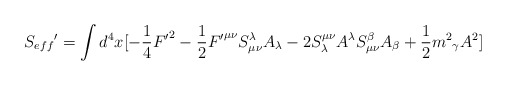
\begin{align*}{S_{eff}}'=\int{d^{4}x[-\frac{1}{4}{F'}^{2}-\frac{1}{2}{F'}^{{\mu}{\nu}}S^{\lambda}_{{\mu}{\nu}}A_{\lambda}-2S^{{\mu}{\nu}}_{\lambda}A^{\lambda}S^{\beta}_{{\mu}{\nu}}A_{\beta}+\frac{1}{2}{m^{2}}_{\gamma}A^{2}]}\end{align*}